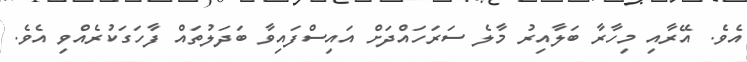
އެވެ. އޭރާއި މިހާރާ ބަލާއިރު މާލެ ސަރަހައްދަށް އައިސްފައިވާ ބަދަލުތައް ފާހަގަކުރެއްވި އެވެ.